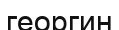
георгин